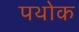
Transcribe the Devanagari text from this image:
पथोक